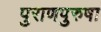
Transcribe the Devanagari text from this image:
पुराणपुरुषा